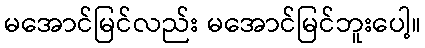
မအောင်မြင်လည်း မအောင်မြင်ဘူးပေါ့။